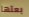
بعتها